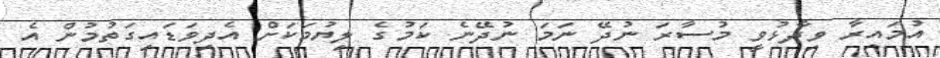
އުމައިރާ ވިދާޅުވީ މުސާރަ ނުދޭ ނަމަ ނުދޭނެ ކަމުގެ ލިޔުމަކަށް އެދިވަޑައިގަތުމުން އެ